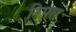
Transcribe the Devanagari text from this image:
रिपल